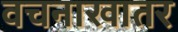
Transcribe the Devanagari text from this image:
वचनाखातर